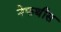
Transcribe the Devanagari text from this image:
नेफथीस